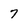
Character: 7